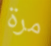
مرة